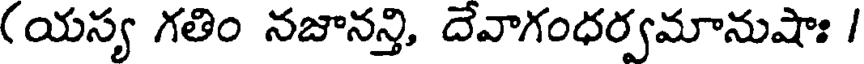
(యస్య గతిం నజానన్తి, దేవాగంధర్వమానుషాః /